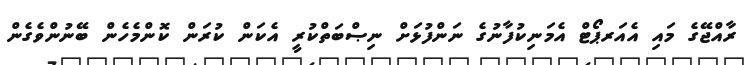
ރާއްޖޭގެ މައި އެއަރޕޯޓް އެމަނިކުފާނުގެ ނަންފުޅަށް ނިޞްބަތްކުރީ އެކަން ކުރަން ކޮންމެހެން ބޭނުންވެގެން